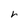
Character: r